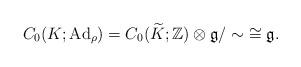
LaTeX: \begin{align*} C_{0}(K;\mathrm{Ad}_{\rho})=C_{0}(\widetilde{K}; \mathbb{Z})\otimes \mathfrak{g}/\sim \;\cong \mathfrak{g}. \end{align*}